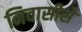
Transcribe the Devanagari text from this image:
निवासीसे